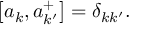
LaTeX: \left[ a _ { k } , a _ { k ^ { \prime } } ^ { + } \right] = \delta _ { k k ^ { \prime } } .